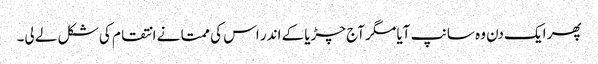
پھر ایک دن وہ سانپ آیا مگر آج چڑیا کے اندر اس کی ممتا نے انتقام کی شکل لے لی۔